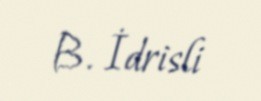
B. İdrisli